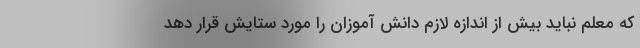
که معلم نباید بیش از اندازه لازم دانش آموزان را مورد ستایش قرار دهد